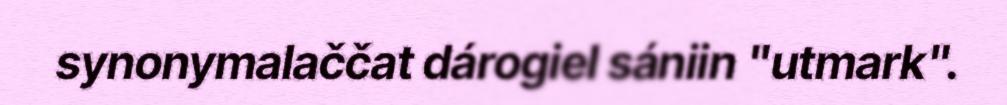
synonymalaččat dárogiel sániin "utmark".